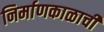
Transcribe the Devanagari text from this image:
निर्माणकाळाची